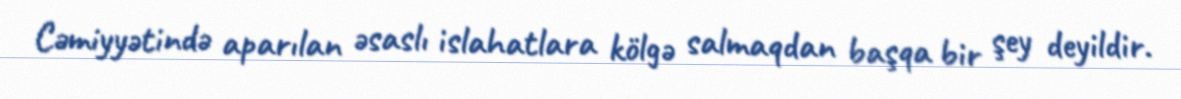
Cəmiyyətində aparılan əsaslı islahatlara kölgə salmaqdan başqa bir şey deyildir.